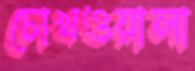
চোখওয়ালা